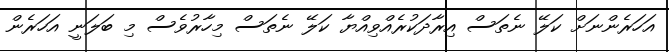
އަހަރެންނަށް ކަލޭ ނެތަސް އިރާދަކުރެއްވިއްޔާ ކަލޭ ނެތަސް މިހާރުވެސް މި ބަލަނީ އަހަރެން